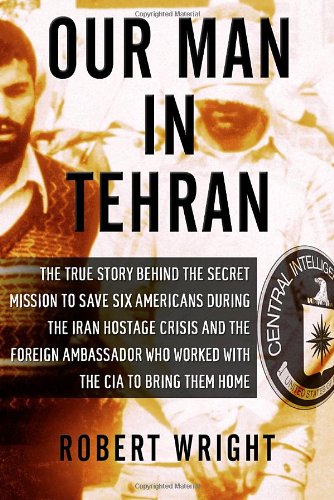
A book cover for Our Man in Tehran: The True Story Behind the Secret Mission to Save Six Americans during the Iran Hostage Crisis & the Foreign Ambassador Who Worked w/the CIA to Bring Them Home; Robert Wright; Biographies & Memoirs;